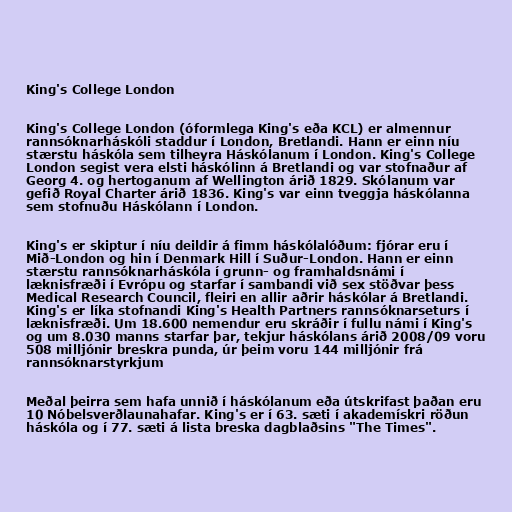
King's College London

King's College London (óformlega King's eða KCL) er almennur
rannsóknarháskóli staddur í London, Bretlandi. Hann er einn níu
stærstu háskóla sem tilheyra Háskólanum í London. King's College
London segist vera elsti háskólinn á Bretlandi og var stofnaður af
Georg 4. og hertoganum af Wellington árið 1829. Skólanum var
gefið Royal Charter árið 1836. King's var einn tveggja háskólanna
sem stofnuðu Háskólann í London.

King's er skiptur í níu deildir á fimm háskólalóðum: fjórar eru í
Mið-London og hin í Denmark Hill í Suður-London. Hann er einn
stærstu rannsóknarháskóla í grunn- og framhaldsnámi í
læknisfræði í Evrópu og starfar í sambandi við sex stöðvar þess
Medical Research Council, fleiri en allir aðrir háskólar á Bretlandi.
King's er líka stofnandi King's Health Partners rannsóknarseturs í
læknisfræði. Um 18.600 nemendur eru skráðir í fullu námi í King's
og um 8.030 manns starfar þar, tekjur háskólans árið 2008/09 voru
508 milljónir breskra punda, úr þeim voru 144 milljónir frá
rannsóknarstyrkjum

Meðal þeirra sem hafa unnið í háskólanum eða útskrifast þaðan eru
10 Nóbelsverðlaunahafar. King's er í 63. sæti í akademískri röðun
háskóla og í 77. sæti á lista breska dagblaðsins "The Times".